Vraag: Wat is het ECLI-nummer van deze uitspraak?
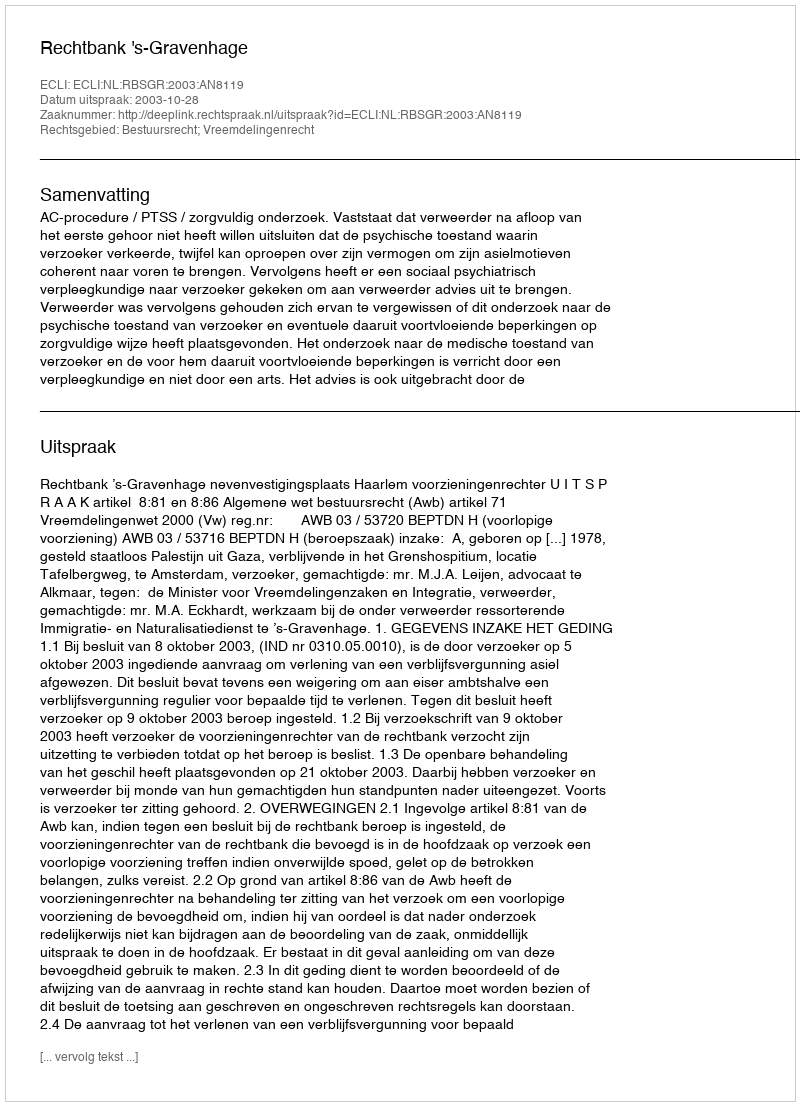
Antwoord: ECLI:NL:RBSGR:2003:AN8119